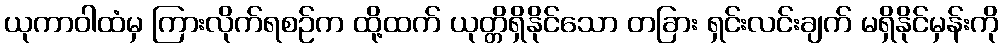
ယုကာဝါထံမှ ကြားလိုက်ရစဉ်က ထို့ထက် ယုတ္တိရှိနိုင်သော တခြား ရှင်းလင်းချက် မရှိနိုင်မှန်းကို